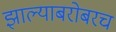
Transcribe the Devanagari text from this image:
झाल्याबरोबरच